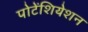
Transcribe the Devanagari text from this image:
पोटेंशियेशन